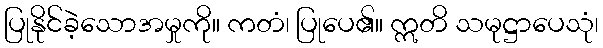
ပြုနိုင်ခဲ့သောအမှုကို။ ကတံ၊ ပြုပေ၏။ ဣတိ သမုဋ္ဌာပေသုံ၊